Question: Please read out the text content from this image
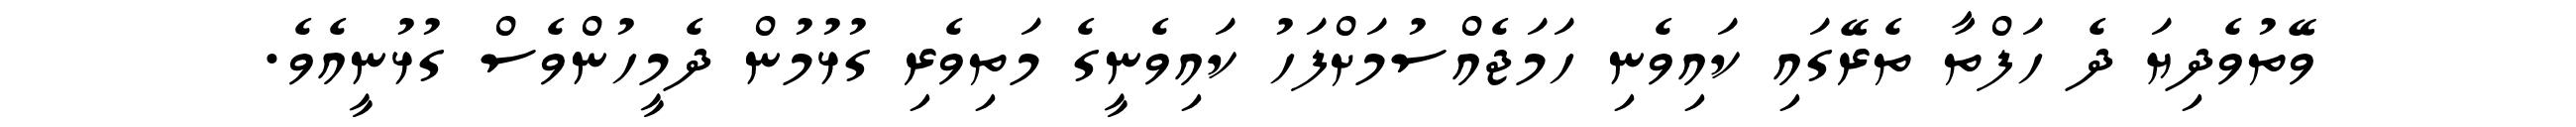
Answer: ވޭތުވެދިޔަ ދެ ހަފްތާ ތެރޭގައި ކައިވެނި ހަމަޖެއްސުމަށްފަހު ކައިވެނީގެ މަތިވެރި ގުޅުމުން ދެމީހުންވެސް ގުޅުނީއެވެ.